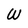
Character: W